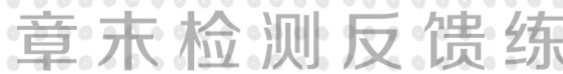
章末检测反馈练